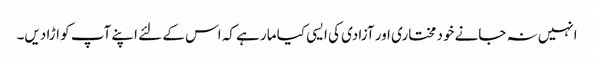
انہیں نہ جانے خود مختاری اور آزادی کی ایسی کیا مار ہے کہ اس کے لئے اپنے آپ کو اڑا دیں۔